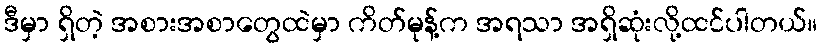
ဒီမှာ ရှိတဲ့ အစားအစာတွေထဲမှာ ကိတ်မုန့်က အရသာ အရှိဆုံးလို့ထင်ပါတယ်။